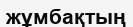
жұмбақтың